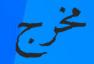
مخرج